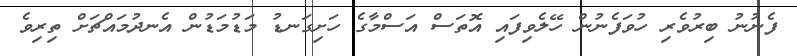
ފެނުނު ބިރުވެރި ހުވަފެނުން ހޭލެވިފައި އޮތަސް އަސްމާގެ ހަށިގަނޑު މަޑުމަޑުން އެނދުމައްޗަށް ތިރިވެ